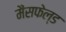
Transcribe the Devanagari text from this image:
मैंसफेल्ड